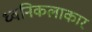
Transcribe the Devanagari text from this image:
ध्वनिकलाकार